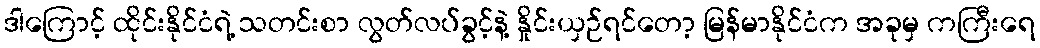
ဒါကြောင့် ထိုင်းနိုင်ငံရဲ့ သတင်းစာ လွတ်လပ်ခွင့်နဲ့ နှိုင်းယှဉ်ရင်တော့ မြန်မာနိုင်ငံက အခုမှ ကကြီးရေ